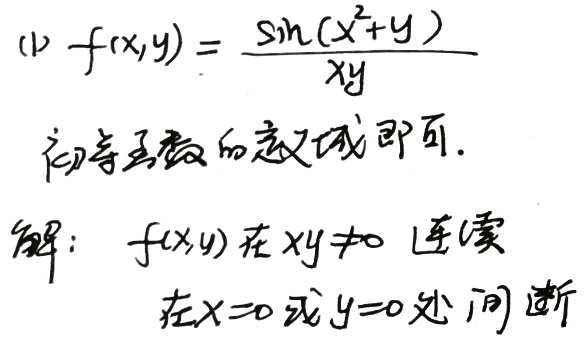
(1) \(f(x,y)=\frac{\sin(x^{2}+y)}{xy}\)，初等函数的定义域即可。解：\(f(x,y)\)在 \(xy\neq0\) 连续，在 \(x = 0\) 或 \(y = 0\) 处间断。